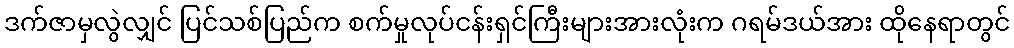
ဒက်ဇာမှလွဲလျှင် ပြင်သစ်ပြည်က စက်မှုလုပ်ငန်းရှင်ကြီးများအားလုံးက ဂရမ်ဒယ်အား ထိုနေရာတွင်